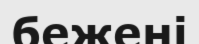
бежені